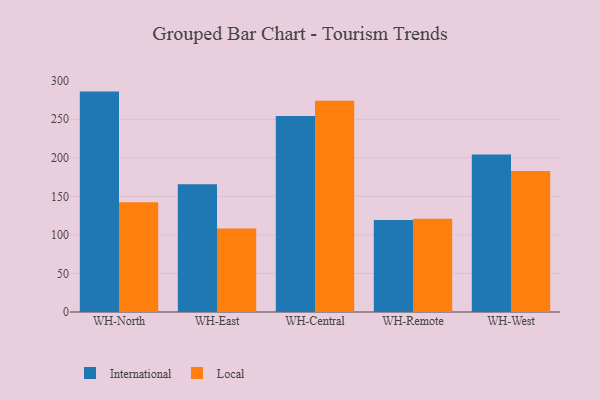
{"axis": {"x": "Warehouse", "y": "Energy Usage (MWh)"}, "legend": ["International", "Local"], "data": [{"x": "WH-North", "y": 285.9, "type": "International"}, {"x": "WH-North", "y": 142.5, "type": "Local"}, {"x": "WH-East", "y": 165.6, "type": "International"}, {"x": "WH-East", "y": 108.4, "type": "Local"}, {"x": "WH-Central", "y": 254.1, "type": "International"}, {"x": "WH-Central", "y": 274.1, "type": "Local"}, {"x": "WH-Remote", "y": 119.3, "type": "International"}, {"x": "WH-Remote", "y": 120.9, "type": "Local"}, {"x": "WH-West", "y": 204.4, "type": "International"}, {"x": "WH-West", "y": 183.0, "type": "Local"}]}